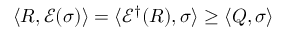
\langle R , { \mathcal { E } } ( \sigma ) \rangle = \langle { \mathcal { E } } ^ { \dagger } ( R ) , \sigma \rangle \geq \langle Q , \sigma \rangle